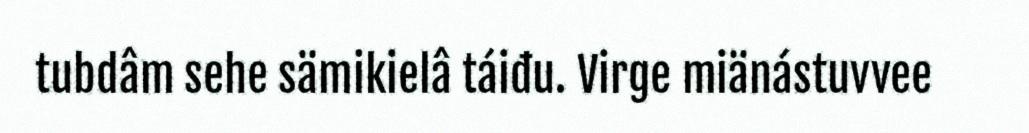
tubdâm sehe sämikielâ táiđu. Virge miänástuvvee